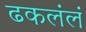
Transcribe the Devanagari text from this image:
ढकलंलं